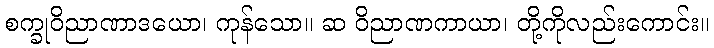
စက္ခုဝိညာဏာဒယော၊ ကုန်သော။ ဆ ဝိညာဏကာယာ၊ တို့ကိုလည်းကောင်း။